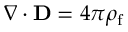
\nabla \cdot \mathbf { D } = 4 \pi \rho _ { \mathrm { f } }